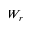
W _ { r }